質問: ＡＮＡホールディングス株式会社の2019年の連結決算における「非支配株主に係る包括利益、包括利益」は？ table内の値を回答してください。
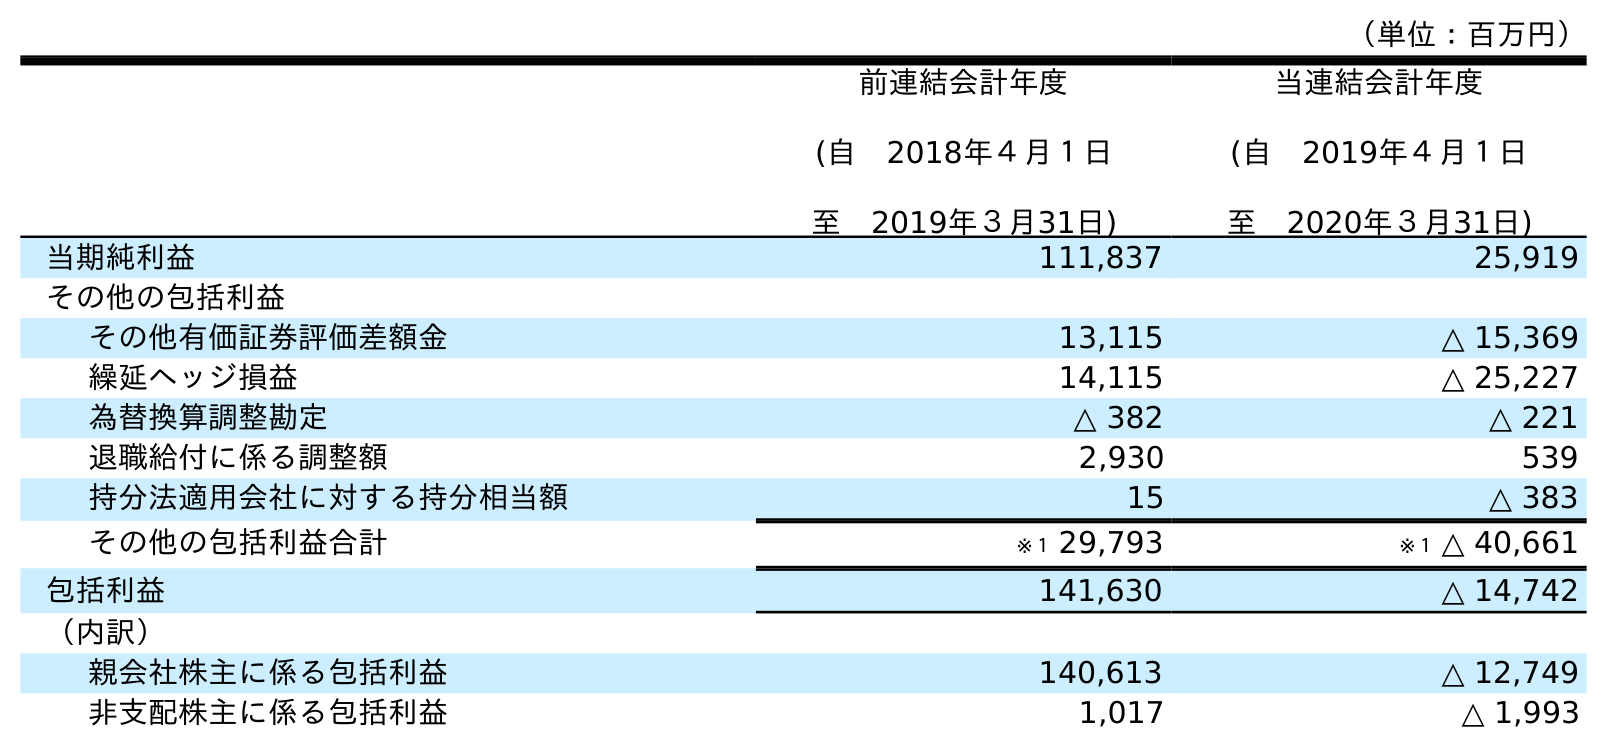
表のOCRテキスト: （単位：百万円） 前連結会計年度 (自 2018年４月１日 至 2019年３月31日) 当連結会計年度 (自 2019年４月１日 至 2020年３月31日) 当期純利益 111,837 25,919 その他の包括利益 その他有価証券評価差額金 13,115 △ 15,369 繰延ヘッジ損益 14,115 △ 25,227 為替換算調整勘定 △ 382 △ 221 退職給付に係る調整額 2,930 539 持分法適用会社に対する持分相当額 15 △ 383 その他の包括利益合計 ※１ 29,793 ※１ △ 40,661 包括利益 141,630 △ 14,742 （内訳） 親会社株主に係る包括利益 140,613 △ 12,749 非支配株主に係る包括利益 1,017 △ 1,993
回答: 1,017